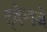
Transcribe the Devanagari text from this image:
ट्वेनने